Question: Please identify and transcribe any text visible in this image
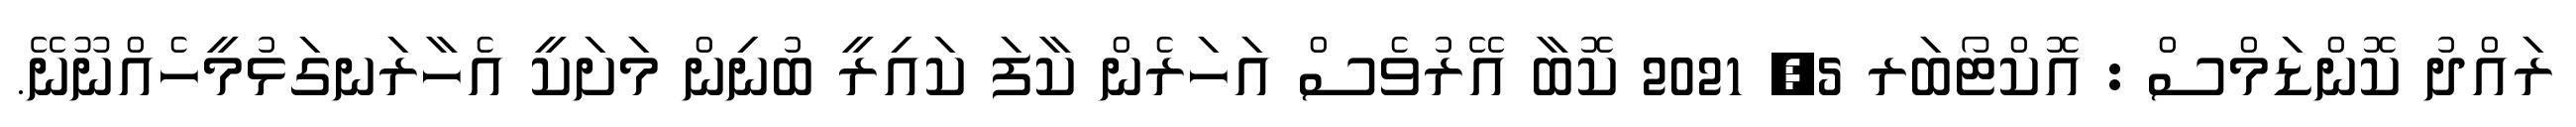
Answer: ރައްދު ކޮންޑަމްސް : އޮކްޓޯބަރ 5, 2021 ކޮބާ އޭރުވެސް އަހަރެން ކާފަ ކައިރީ ބުނިން މަށަކީ އެހާރަނގަޅުމީހެއްނޫނޭ.